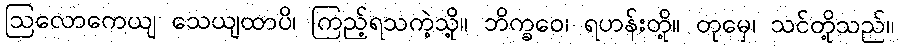
ဩလောကေယျ သေယျထာပိ၊ ကြည့်ရသကဲ့သို့။ ဘိက္ခဝေ၊ ရဟန်းတို့။ တုမှေ၊ သင်တို့သည်။